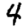
Digit: 4